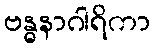
ဗန္ဓနာဂါရိကာ